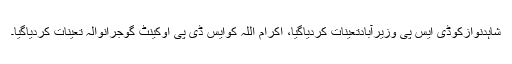
شاہدنوازکوڈی ایس پی وزیرآبادتعینات کردیاگیا، اکرام اللہ کوایس ڈی پی اوکینٹ گوجرانوالہ تعینات کردیاگیا۔